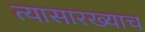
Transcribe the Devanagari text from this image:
त्यासारख्याच